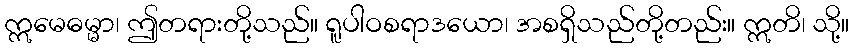
ဣမေဓမ္မာ၊ ဤတရားတို့သည်။ ရူပါဝစရာဒယော၊ အစရှိသည်တို့တည်း။ ဣတိ၊ သို့။